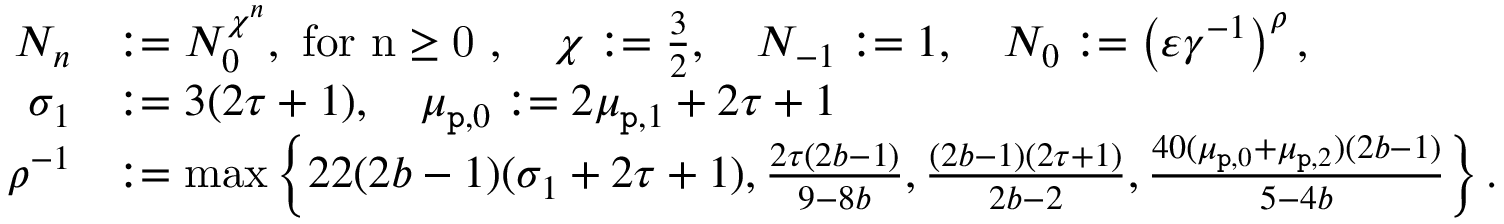
\begin{array} { r l } { N _ { n } } & { : = N _ { 0 } ^ { \chi ^ { n } } , \mathrm { ~ f o r ~ n \ge 0 ~ } , \quad \chi : = \frac { 3 } { 2 } , \quad N _ { - 1 } : = 1 , \quad N _ { 0 } : = \left( \varepsilon \gamma ^ { - 1 } \right) ^ { \rho } , } \\ { \sigma _ { 1 } } & { : = 3 ( 2 \tau + 1 ) , \quad \mu _ { \mathtt { p } , 0 } : = 2 \mu _ { \mathtt { p } , 1 } + 2 \tau + 1 } \\ { \rho ^ { - 1 } } & { : = \operatorname* { m a x } \left\{ 2 2 ( 2 b - 1 ) ( \sigma _ { 1 } + 2 \tau + 1 ) , \frac { 2 \tau ( 2 b - 1 ) } { 9 - 8 b } , \frac { ( 2 b - 1 ) ( 2 \tau + 1 ) } { 2 b - 2 } , \frac { 4 0 ( \mu _ { \mathtt { p } , 0 } + \mu _ { \mathtt { p } , 2 } ) ( 2 b - 1 ) } { 5 - 4 b } \right\} . } \end{array}